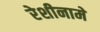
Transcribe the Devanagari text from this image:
रेशीनामे